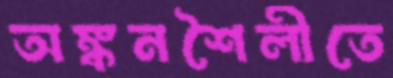
অঙ্কনশৈলীতে